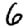
Digit: 6